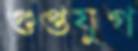
গুপ্তযুগ